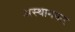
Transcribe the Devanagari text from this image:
अस्थानकर